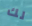
لك